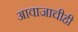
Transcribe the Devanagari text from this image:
आवाजाचीही